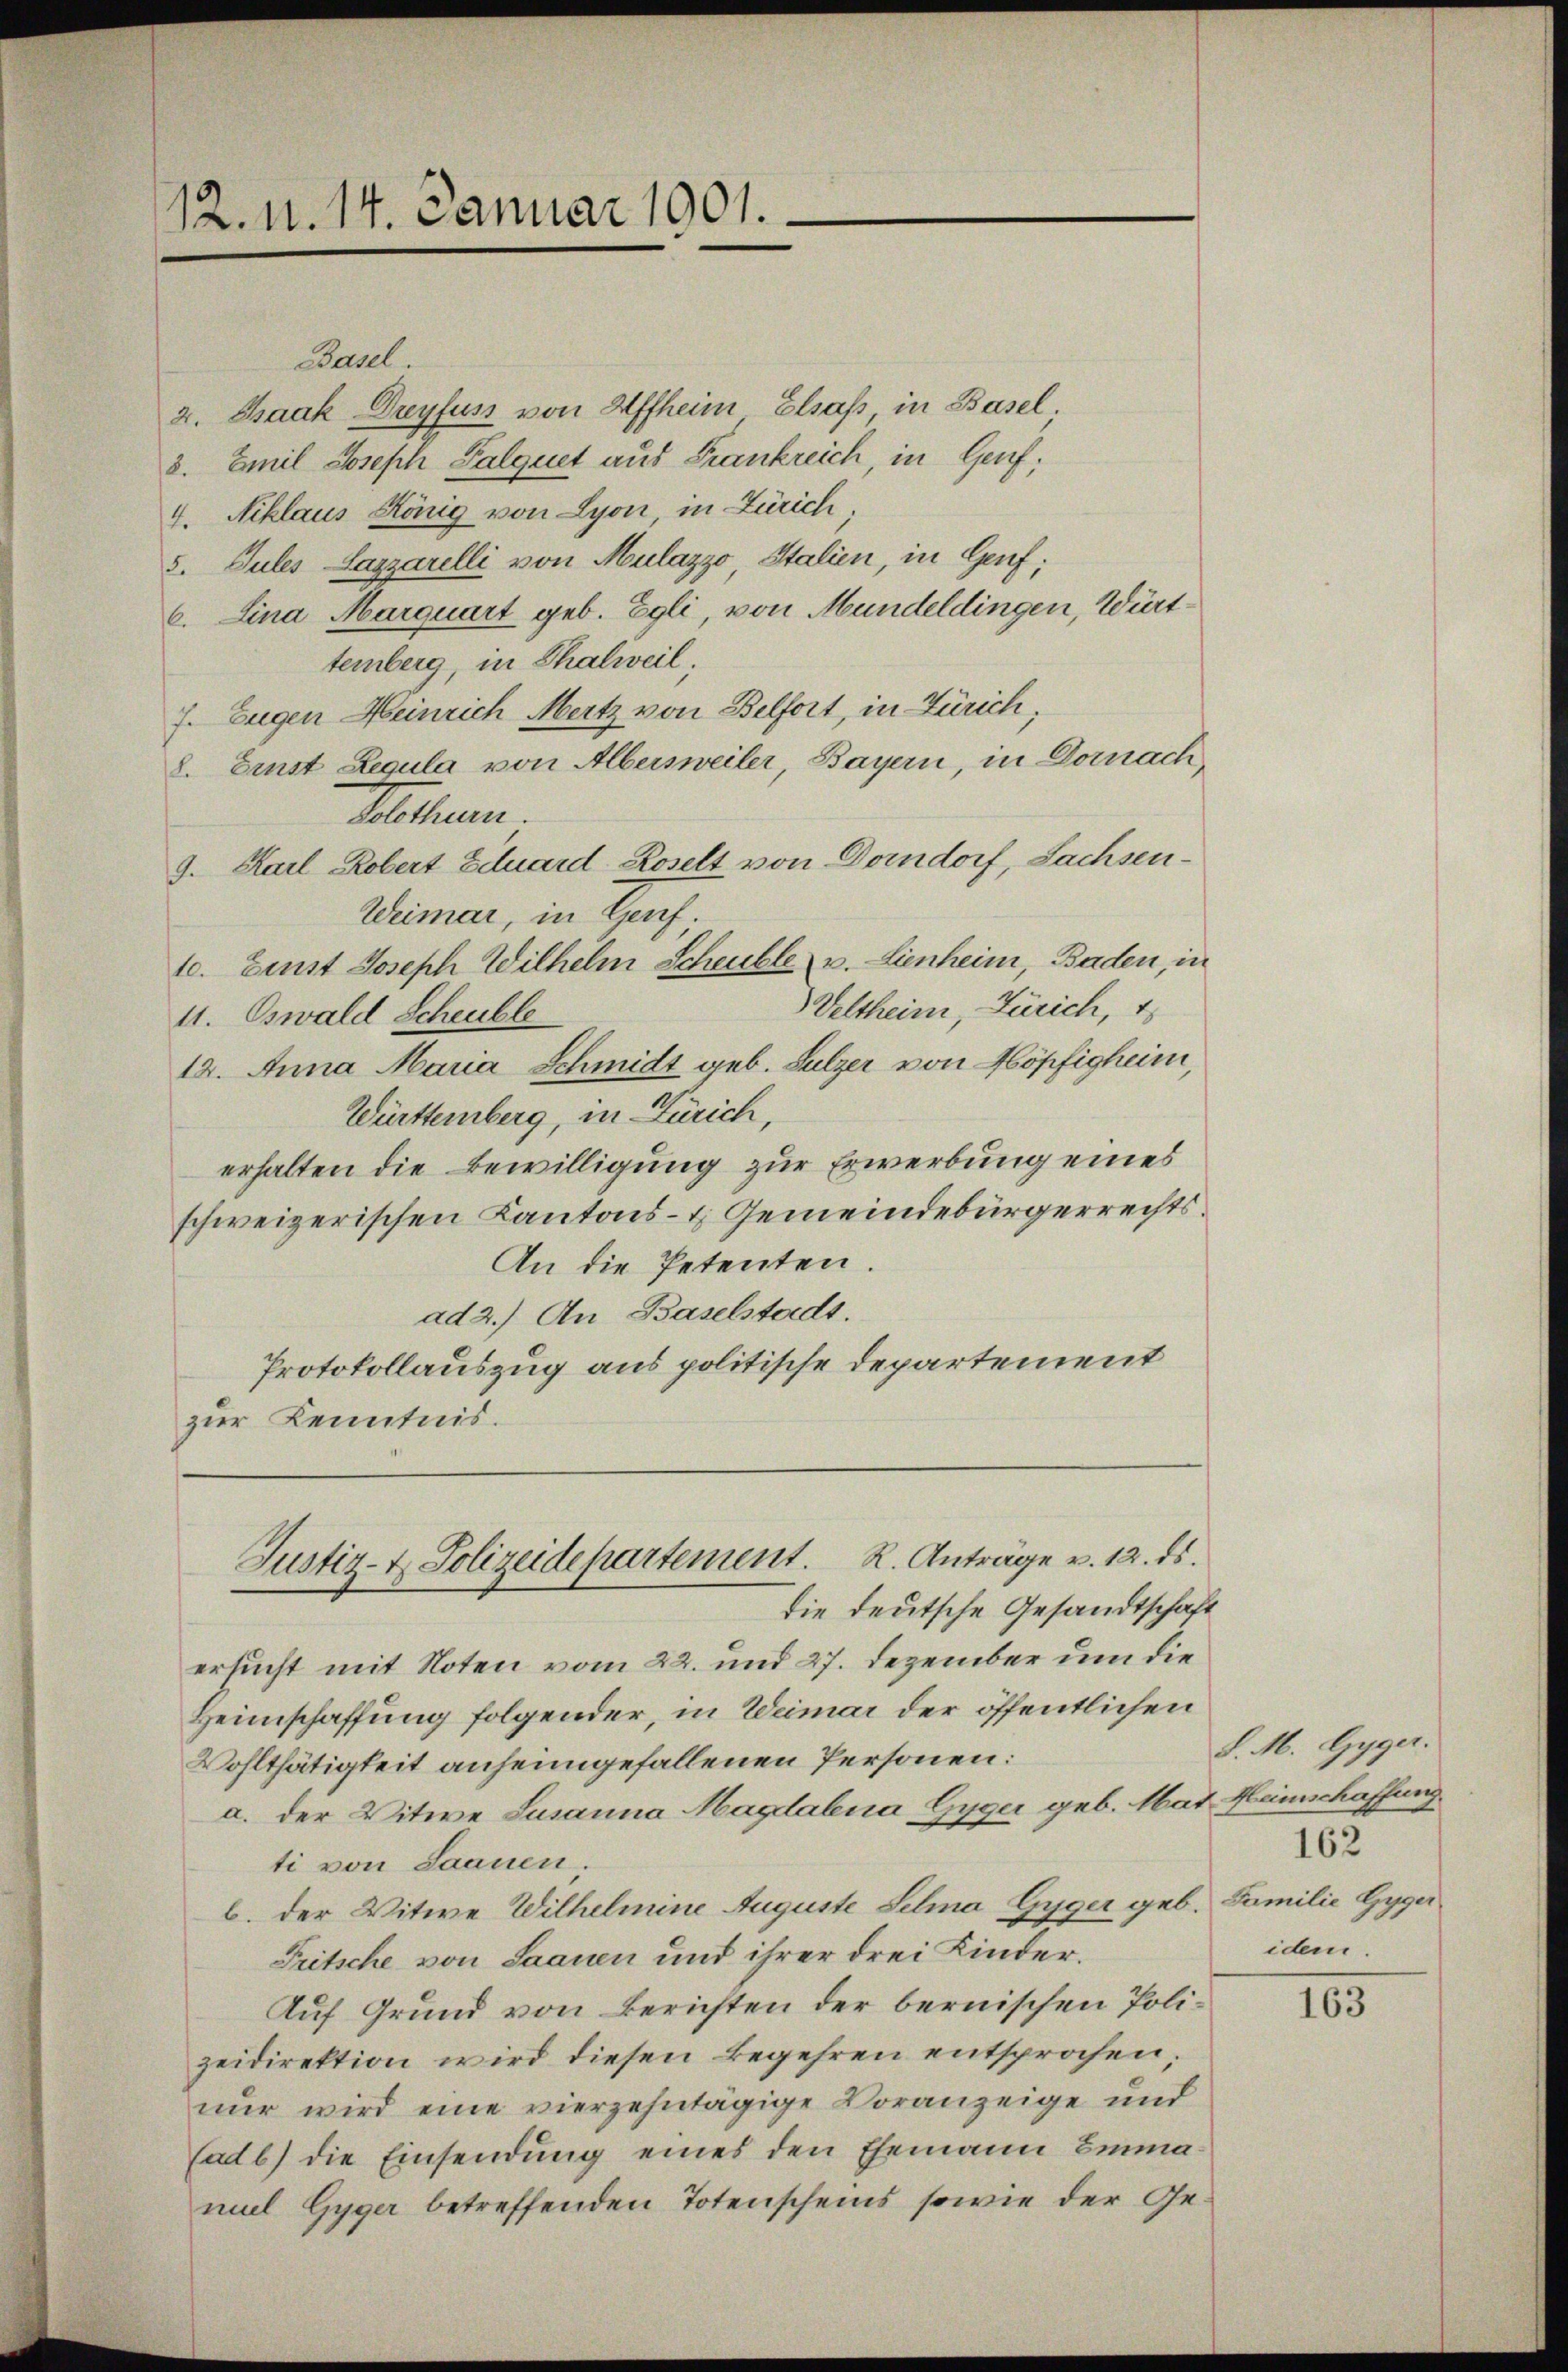
12. 1. 14. Januar 1901.

Basel.
z. Chaak Dreyfuss von Affheim Elsaß, in Basel.
3. Emil Joseph Palquet aus Frankreich, in Genf;
4. Niklaus König von Lyon, in Zürich,
5. Jules Lazzarelli von Mulazzo, Italien, in Genf;
6. Lina Marquart geb. Egli, von Mündeldingen, Württemberg, in Thalweil,
7. Eugen Heinrich Mertz von Belfort, in Zürich,
8. Einst Regula von Albersweiler, Bayern, in Dornach,
Selten.
9. Karl Robert Eiluard Roselt von Domdorf, Sachsen¬
Weimar, in Genf.
10. Einst Joseph Wilhelm Scheuble v. Lienheim, Baden, in
Veltheim, Zürich, 1
11. Oswald Scheuble
12. Anna Maria Schmidt geb. Sulzer von Köpfigheim,
Württemberg, in Zürich,
erhalten die Bewilligung zur Erwerbung eines
schweizerischen Kantons- & Gemeindebürgerrechts¬
An die Petenten.
ad 2.) An Baselstadt.
Protokollauszug aus politische Departement
zur Kenntnis.
Justiz- & Polizeidepartement. R. Anträge v. 12. ds.
die deutsche Gesandtschaft
ersucht mit Noten vom 22. und 27. Dezember um die
Heimschaffung folgender, in Weimar der öffentlichen
Wohlthätigkeit anheimgefallenen Personen:
a. der Witwe Susanna Magdalena Gyger geb. Mat Heinschaffung
ti von Saanen.
b. der Witwe Wilhelmine Auguste Selina Gyger geb.
Tritsche von Saanen und ihrer drei Kinder¬
Auf Grund von Berichten der bernischen Polizeidirektion wird diesen Begehren entsprochen.
nŭr wird eine vierzehntägige Voranzeige und
(ad b) die Einsendung eines den Ehemann Emmamiel Gyger betreffenden Totenscheins, sowie der Ge¬

S. M. Gyger.
162
Familie Gyger
idem.

165